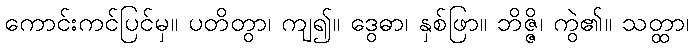
ကောင်းကင်ပြင်မှ။ ပတိတွာ၊ ကျ၍။ ဒွေဓာ၊ နှစ်ဖြာ။ ဘိဇ္ဇိ၊ ကွဲ၏။ သတ္ထာ၊